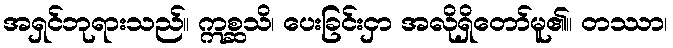
အရှင်ဘုရားသည်။ ဣစ္ဆသိ၊ ပေးခြင်းငှာ အလိုရှိတော်မူ၏။ တဿာ၊